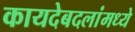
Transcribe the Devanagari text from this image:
कायदेबदलांमध्ये